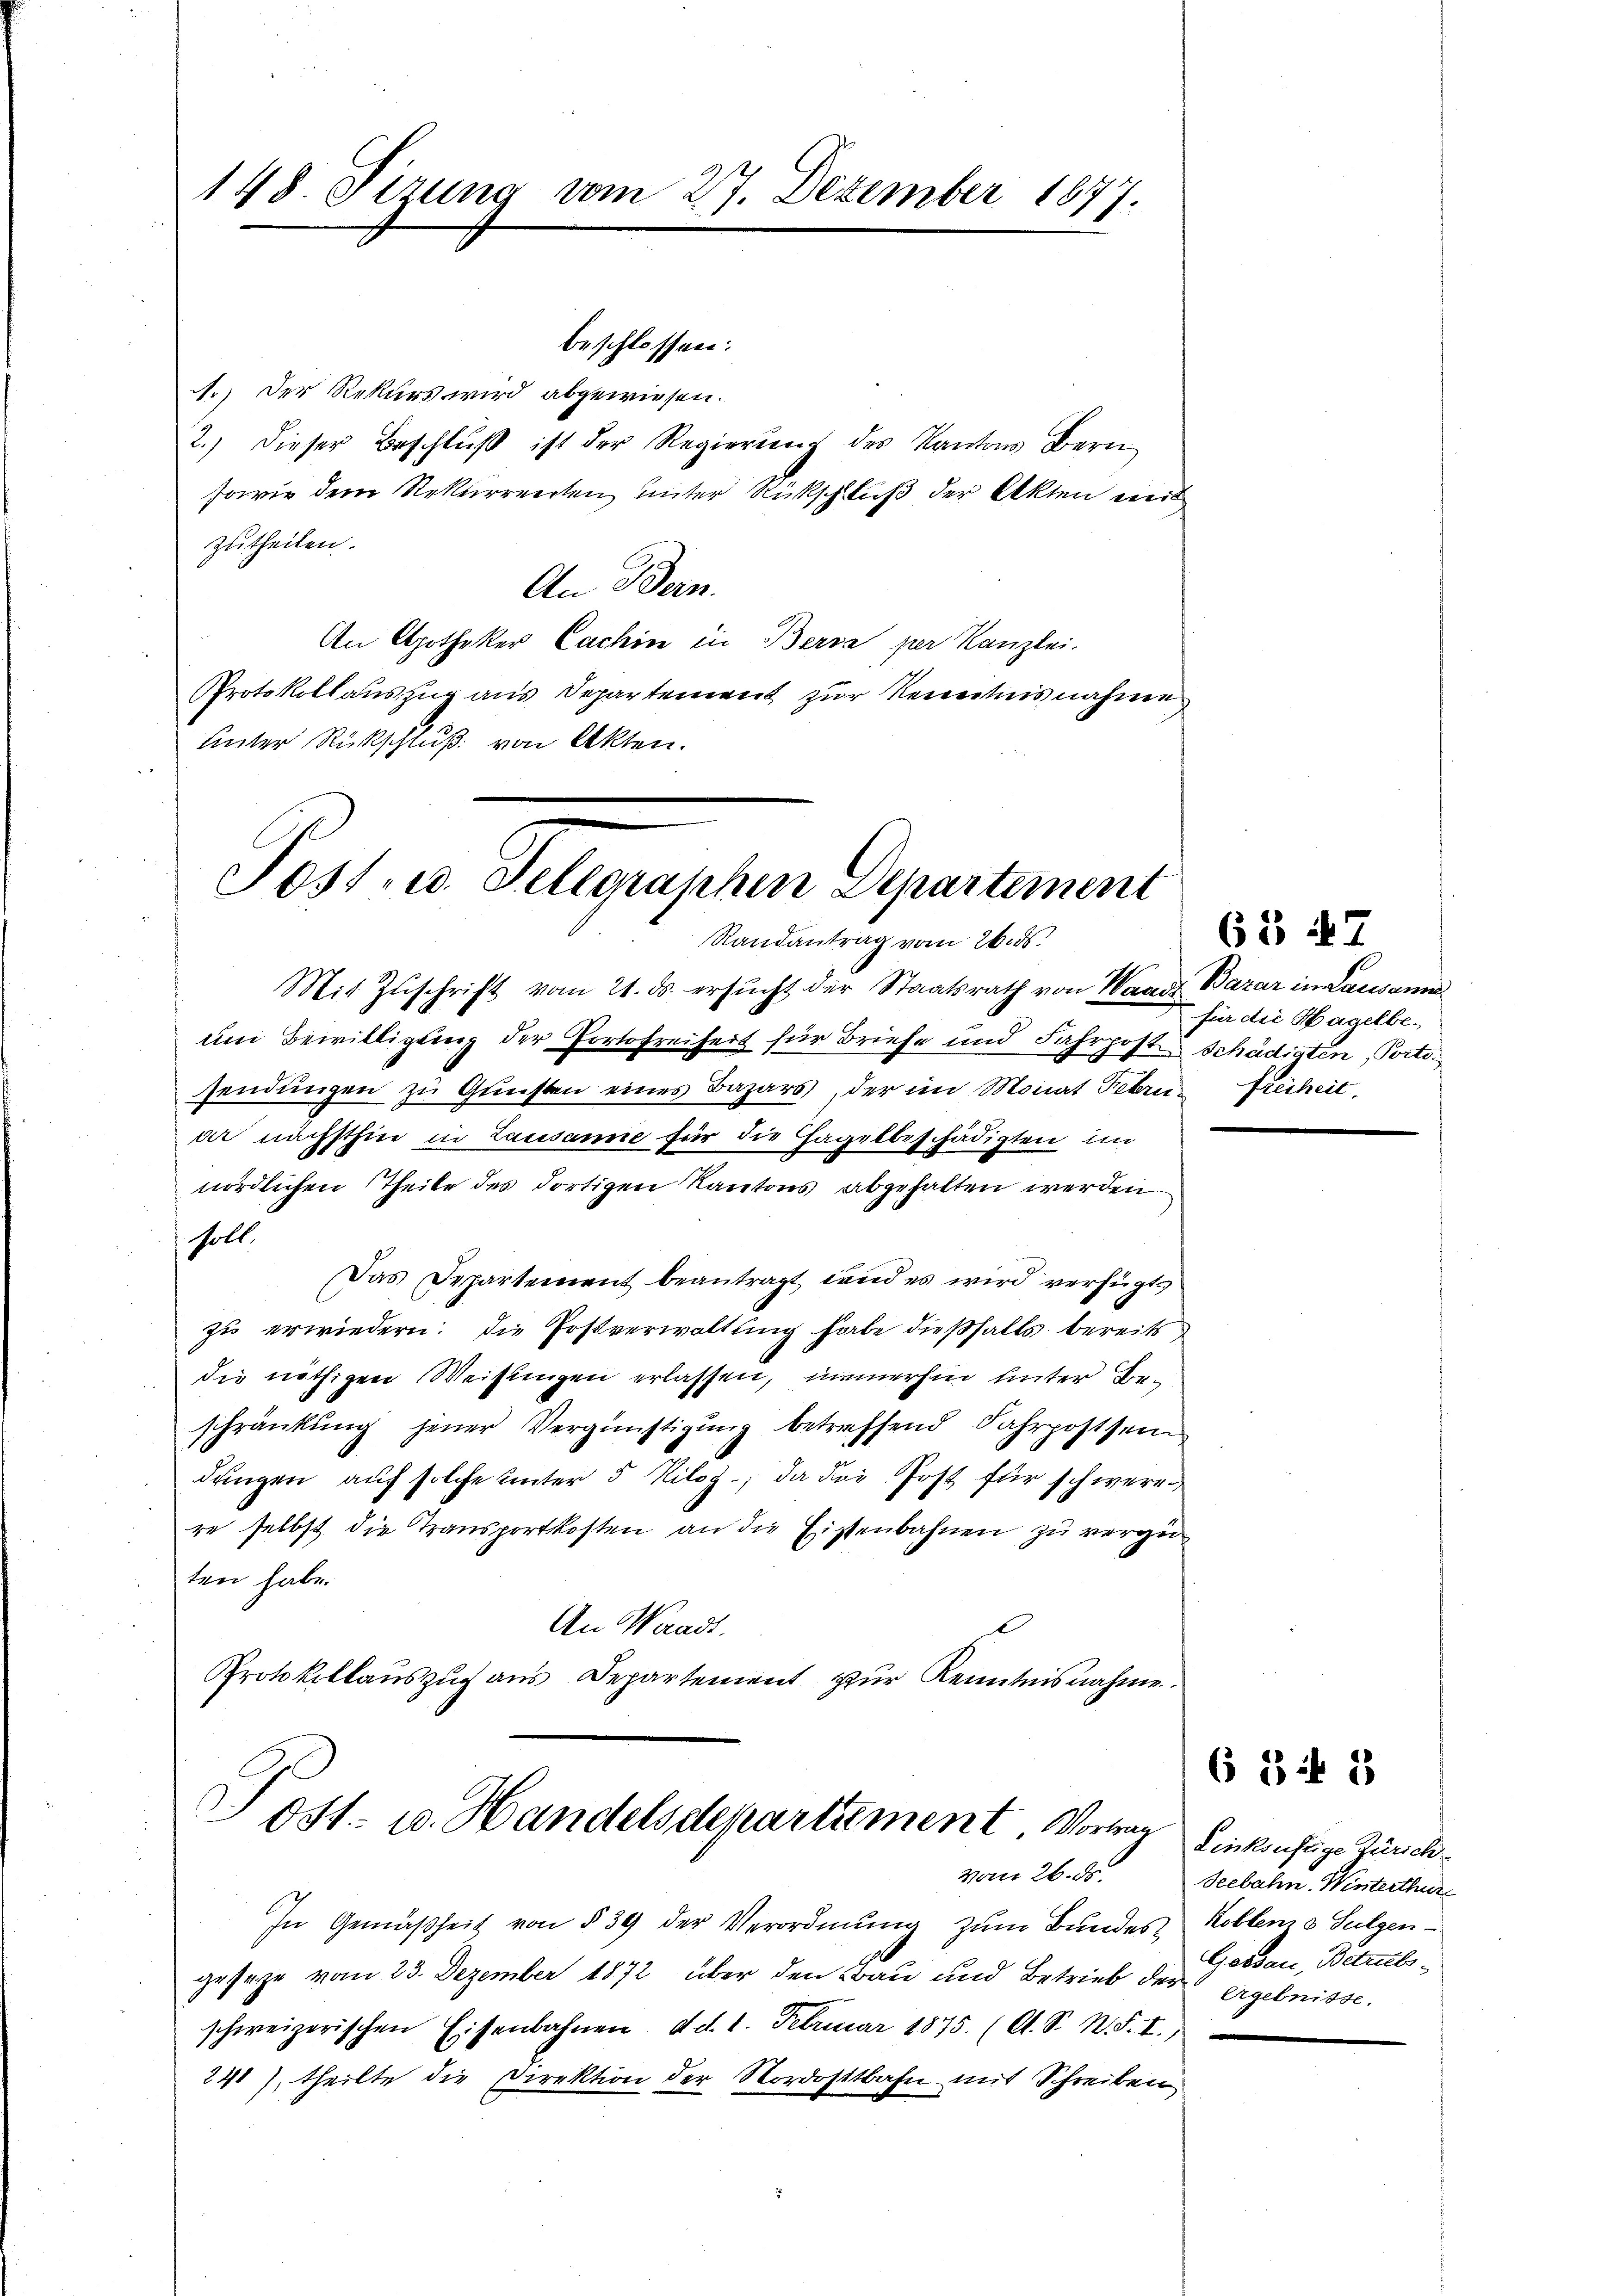
148. Sitzung vom 27. Dezember 1877.

beschlossen:
1.) Der Rekurs wird abgewiesen.
2.) dieser Beschlŭβ ist der Regierŭng des Kantons Bern
sowie dem Rekurrenten unter Rückschluß der Akten mit
zutheilen.
An Bern.
An Apotheker Cachin in Berna per Kanzlei.
Protokollauszug aus Departenwert zur Renntnisnahme
Unter Rückschluß von Akten.

Mit Zŭschrift vom 21. ds. ersŭcht der Staatsrath von Waadt Bazar in Lausanne
um Bewilligung der Portofreiheit für Briefe und Fahrpost schädigten, Portosendungen zu Gunsten eines Bazars, der im Monat Februn Freiheit,
dir nächsthin in Lausanne für die Hagelbeschädigten im
nördlichen Theile des dortigen Kantons abgehalten werden
soll.
Das Departement beantragt und es wird verfügt
zu erwiedern: die Postverwaltung habe dießfalls bereits
die nöthigen Weisungen erlassen, immerhin unter Beschränkung jener Vergünstigung betreffend Fahrpostsei
dungen, auf solche unter 5 Kilog, da die Post für schweren
re selbst die Transportkosten an die Eisenbahnen zu vergü
ten habe.
An Waadt.
Protokollauszug aus Departement zur Kenntnisnahme.

Post. u. Telegraphen Departement
Randantrag vom 26. ds.

Post- u. Handelsdepartiement. Vorg
vom 26. d.

In Gemäßheit von § 39 der Verordnung zum Bundes Koblem a Sulgen-
gesetze vom 23. Dezember 1872 über den Bau und Betrieb der ergebnisse.
schweizerischen Eisenbahnen, d. d. 1. Februar 1875. (A. S. N. S. I.,
241), theilte die Direktion der Nordostbahn mit Schreiben

63 47
für die Hagelbe¬

6 Zif. 1

Linksuftige Zürich
Seebahn Winterthur
Gessau, Betriebs¬